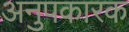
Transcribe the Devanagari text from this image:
अनुपकारक